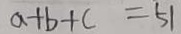
a + b + c = 5 1